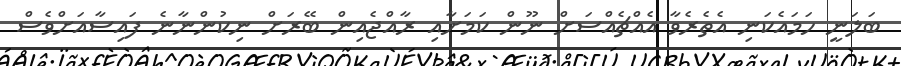
ބަލަނީ ހަމައެކަނި އެތެެރެވާ އެއްޗެއްސަށް ނޫން ކަމަށާއި ރާއްޖެއިން ބޭރަށް ނިކުންނާނެ ފައިސާއަށްވެސް